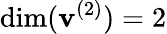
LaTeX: \mathrm{dim}(\mathbf{v}^{(2)})=2